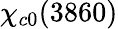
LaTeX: \chi_{c0}(3860)